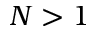
N > 1